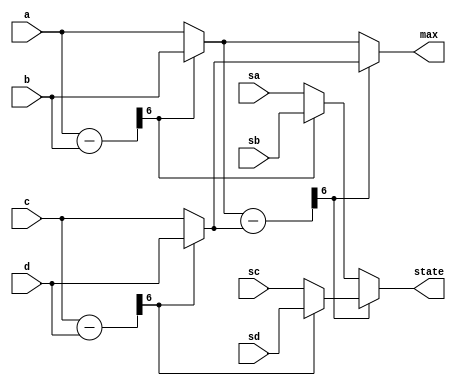
module max_metric_logic (
    a       ,   
    b       ,   
    c       ,   
    d       ,   
    sa      ,   
    sb      ,   
    sc      ,   
    sd      ,   
    state   ,   
    max         
    ) ;
parameter   M = 7 ;
parameter   K = 7 ;
input   [M -1:0]    a ;
input   [M -1:0]    b ;
input   [M -1:0]    c ;
input   [M -1:0]    d ;
input   [K -2:0]    sa ;
input   [K -2:0]    sb ;
input   [K -2:0]    sc ;
input   [K -2:0]    sd ;
output  [K -2:0]    state ;
output  [M -1:0]    max ;
reg     [K -2:0]    pos0 ;
reg     [K -2:0]    pos1 ;
reg     [M -1:0]    max0 ;
reg     [M -1:0]    max1 ;
reg     [M -1:0]    tmp ;
reg     [K -2:0]    state_i ;
reg     [M -1:0]    max_i ;
assign state = state_i ;
assign max = max_i ;
always @*
begin  
  tmp = a-b ;
  if(~tmp[M -1])
  begin
    max0 = a ;
    pos0 = sa ;
  end
  else
  begin
    max0 = b ;
    pos0 = sb ;
  end
  tmp = c-d ;
  if(~tmp[M-1])
  begin
    max1 = c ;
    pos1 = sc ;
  end
  else
  begin
    max1 = d ;
    pos1 = sd ;
  end
  tmp = max0 - max1 ;
  if (~tmp[M-1])
  begin
    max_i = max0 ;
    state_i = pos0 ;
  end
  else
  begin
    state_i = pos1 ;
    max_i = max1 ;
  end
end
endmodule